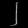
Digit: ၂